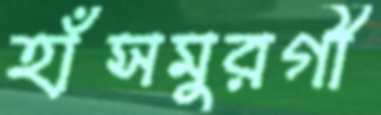
হাঁসমুরগী